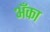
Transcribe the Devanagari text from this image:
अँका